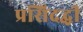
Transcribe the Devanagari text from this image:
प्रसिदद्धी